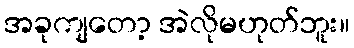
အခုကျတော့ အဲလိုမဟုတ်ဘူး။